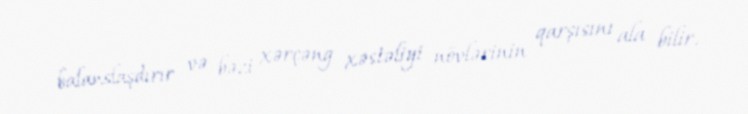
balanslaşdırır və bəzi xərçəng xəstəliyi növlərinin qarşısını ala bilir.